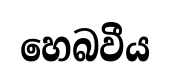
හෙබවීය